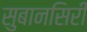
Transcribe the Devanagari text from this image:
सुबानसिरी